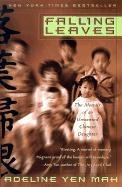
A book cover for Falling Leaves: The True Story of an Unwanted Chinese Daughter; Adeline Yen Mah; Teen & Young Adult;